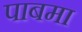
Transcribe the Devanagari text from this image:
पाबमा